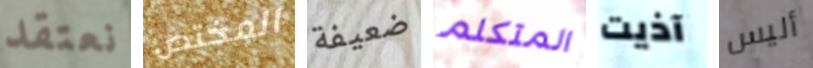
نعتقد المختص ضعيفة المتكلم آذيت أليس